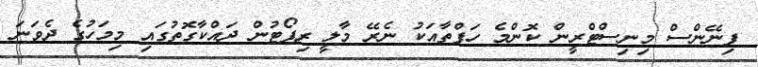
ފިނޭންސް މިނިސްޓްރީން ކޮންމެ ހަފްތާއަކު ނެރޭ މާލީ ރިޕޯޓުން ދައްކާގޮތުގައި މިމަހުގެ ދެވަނަ